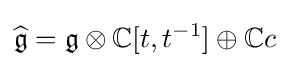
{\widehat {\mathfrak {g}}}={\mathfrak {g}}\otimes \mathbb {\mathbb {C} } [t,t^{-1}]\oplus \mathbb {\mathbb {C} } c